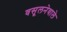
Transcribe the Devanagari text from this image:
वसूलनेवाले